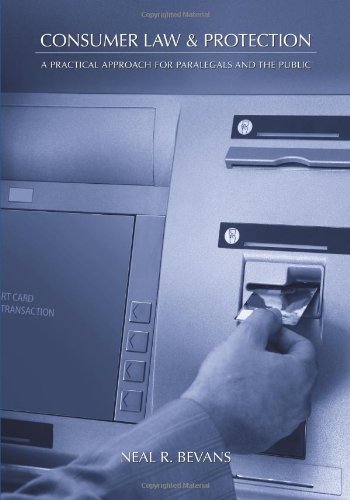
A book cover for Consumer Law & Protection: A Practical Approach for Paralegals and the Public; Neal R. Bevans; Law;